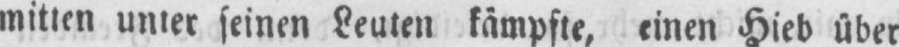
mitten unter seinen Leuten kämpfte, einen Hieb über